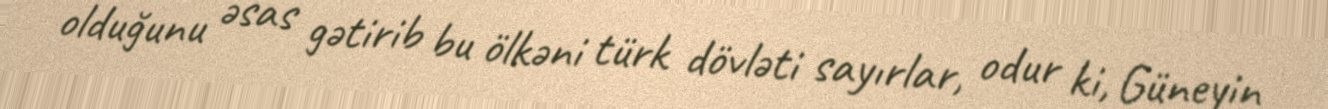
olduğunu əsas gətirib bu ölkəni türk dövləti sayırlar, odur ki, Güneyin